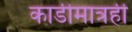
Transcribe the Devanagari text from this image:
काडीमात्रही